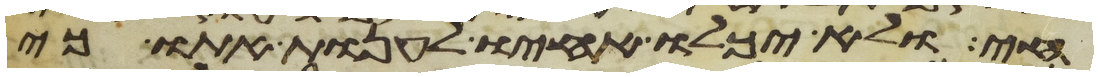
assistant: חי ולא יכלו אחיו לענות אתו כי